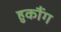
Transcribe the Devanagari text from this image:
हुकौंग